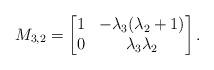
LaTeX: \begin{align*}M_{3,2} = \begin{bmatrix}1 & -\lambda_3(\lambda_2+1) \\0 & \lambda_3\lambda_2\end{bmatrix}.\end{align*}